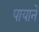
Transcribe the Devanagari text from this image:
पायानें